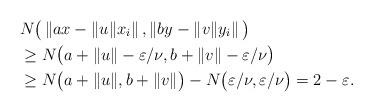
LaTeX: \begin{align*} &N\big( \left\| ax - \|u\|x_i \right\|, \left\| by - \|v\|y_i \right\| \big) \\ &\geq N\big( a + \|u\| - \varepsilon/\nu, b + \|v\| - \varepsilon/\nu \big) \\ &\geq N\big( a + \|u\|, b + \|v\| \big) - N \big( \varepsilon/\nu, \varepsilon/\nu \big) = 2 - \varepsilon. \end{align*}